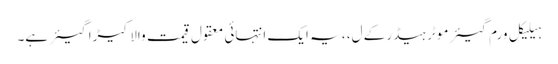
ہیلیکل ورم گیئر موٹر ہیڈر کے ل، ، یہ ایک انتہائی معقول قیمت والا کیڑا گیئر ہے۔